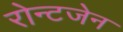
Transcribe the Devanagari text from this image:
रोन्टजेन